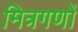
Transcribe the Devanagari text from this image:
मित्रगणों